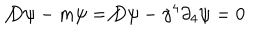
\not { D } \psi - m \psi = \not { D } \psi - \gamma ^ { 4 } \partial _ { 4 } \psi = 0